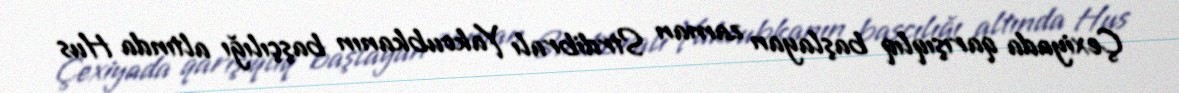
Çexiyada qarışıqlıq başlayan zaman Strdibralı Yakoubkanın başçılığı altında Hus